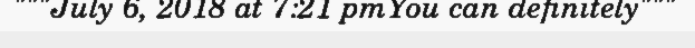
"""July 6, 2018 at 7:21 pmYou can definitely"""